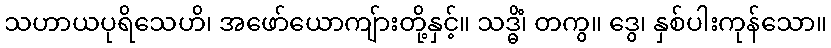
သဟာယပုရိသေဟိ၊ အဖော်ယောကျ်ားတို့နှင့်။ သဒ္ဓိံ၊ တကွ။ ဒွေ၊ နှစ်ပါးကုန်သော။